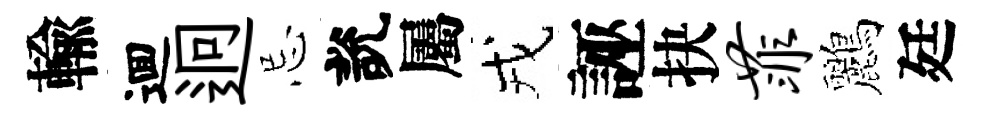
輸逥迥忌說屬戎誣抉菲鸝廷